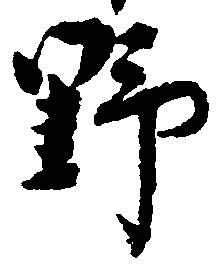
野